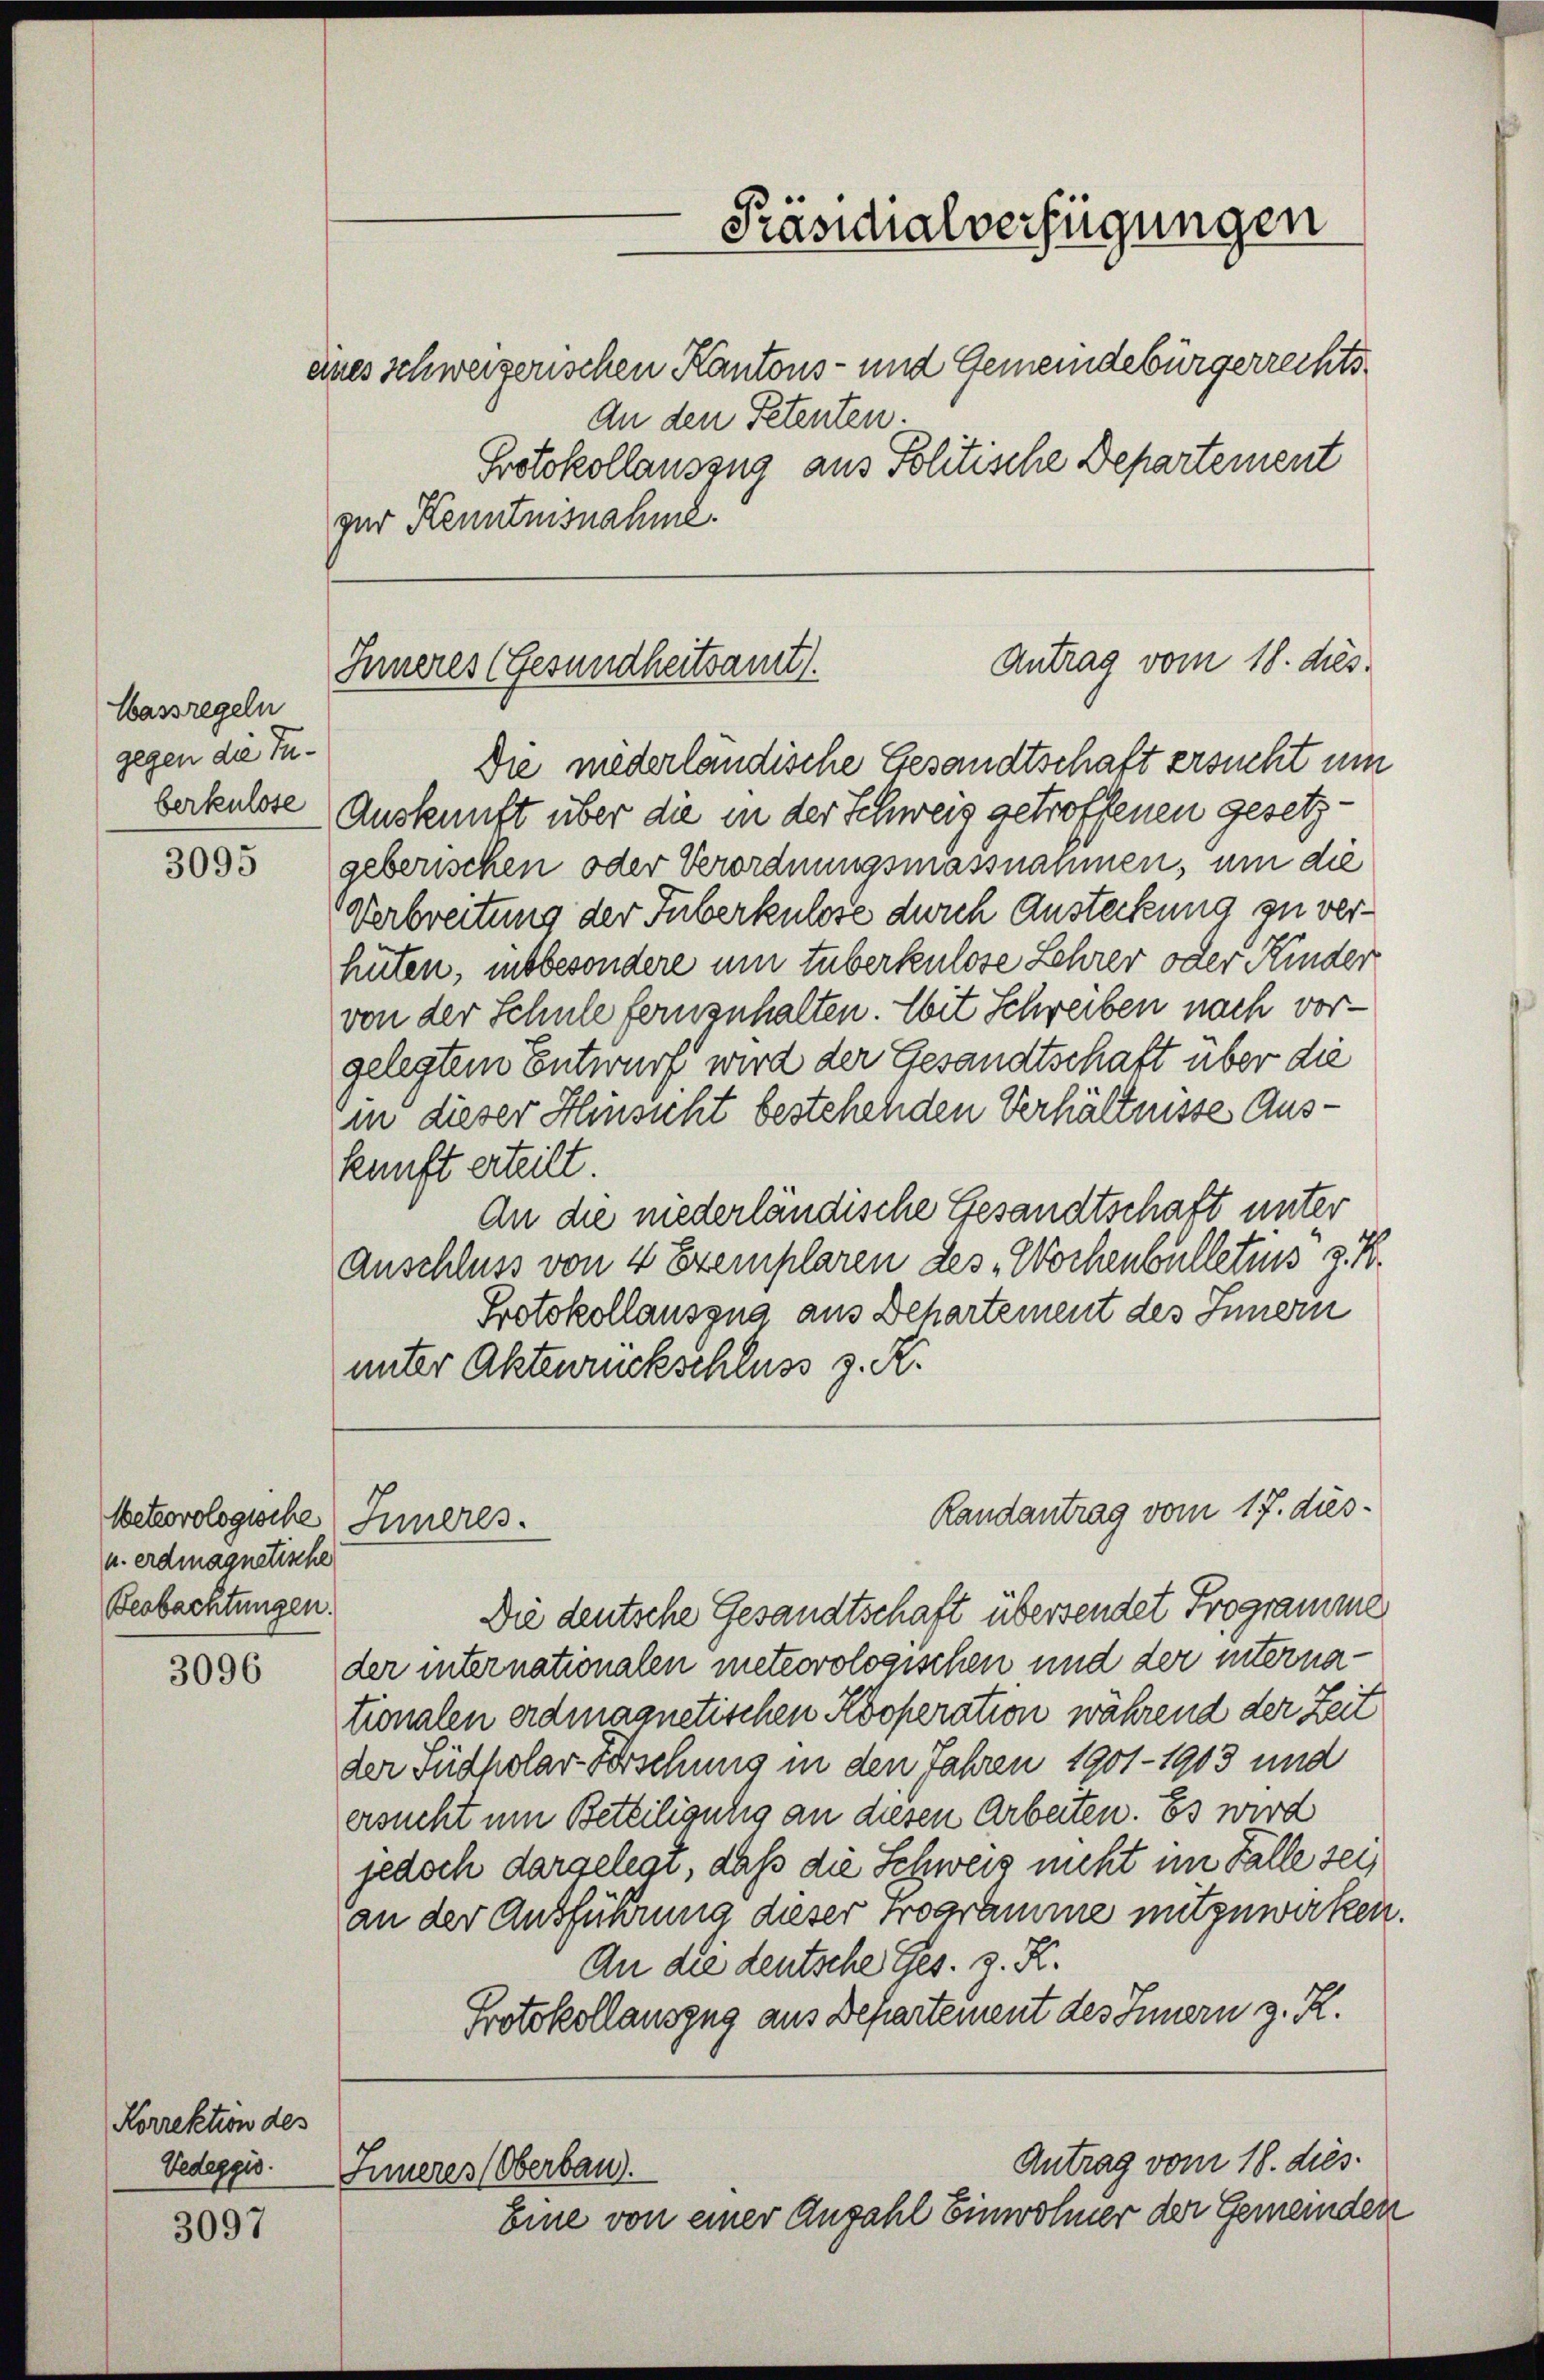
Massregeln
gegen die Tuberkulose

3095

Meteorologische Inneres.
u. Admagnetische
Beobachtungen.

3096

Korrektion des

3097

enes schweizerischen Kantons- und Gemeindebürgerrechts¬
An den Petenten.
Protokollauszug aus Politische Departement
zur Kenntnisnahme.

Antrag vom 18. dies
Innneres Gesundheitsamt.

Die niederländische Gesandtschaft ersucht um
Auskunft über die in der Schweiz getroffenen gesetzgeberischen oder Verordnungsmassnahmen, um die
Verbreitung der Tuberkulose durch Ansteckung zu verhüten, insbesondere um tuberkulose Lehrer oder Kinder
von der Schule fernzuhalten. Mit Schreiben nach vorgelegtem Entwurf wird der Gesandtschaft über die
(in dieser Hinsicht bestehenden Verhältnisse Auskunft erteilt.
An die niederländische Gesandtschaft unter
Anschluss von 4 Exemplaren des Wochenbulletins z. B.
Protokollauszug aus Behartement des Innern
unter Aktenrückschluss z. R.

Präsidialverfügungen
n

Die deutsche Gesandtschaft übersendet Programme
der internationalen meteorologischen und der internationalen erdmagnetischen Kooperation während der Zeit
der Südholar Forschung in den Jahren 1901 - 1903 und
ersucht um Beteiligung an diesen Arbeiten. Es wird
jedoch dargelegt, daß die Schweiz nicht im Falle seian der Ausführung dieser Programme mitzuwirken.
An die deutsche Ges. z. R.
Protokollauszug aus Departement des Innern z. R.

Randantrag vom 17. dies

Vedeggis. Inneres (Oberbau.

Antrag vom 18. dies
Eine von einer Anzahl Einwohner der Gemeinden